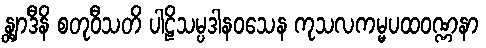
န္တျာဒီနိ စတုဝီသတိ ပါဠိသမ္ပဒါနဝသေန ကုသလကမ္မပထဝဏ္ဏနာ